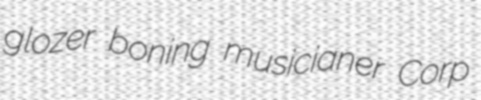
glozer boning musicianer Corp